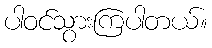
ပါဝင်သွားကြပါတယ်။